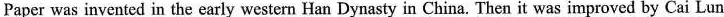
Paper was invented in the early western Han Dynasty in China. Then it was improved by Cai Lun